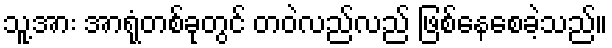
သူ့အား အာရုံတစ်ခုတွင် တဝဲလည်လည် ဖြစ်နေစေခဲ့သည်။